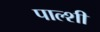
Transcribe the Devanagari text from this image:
पाल्शी